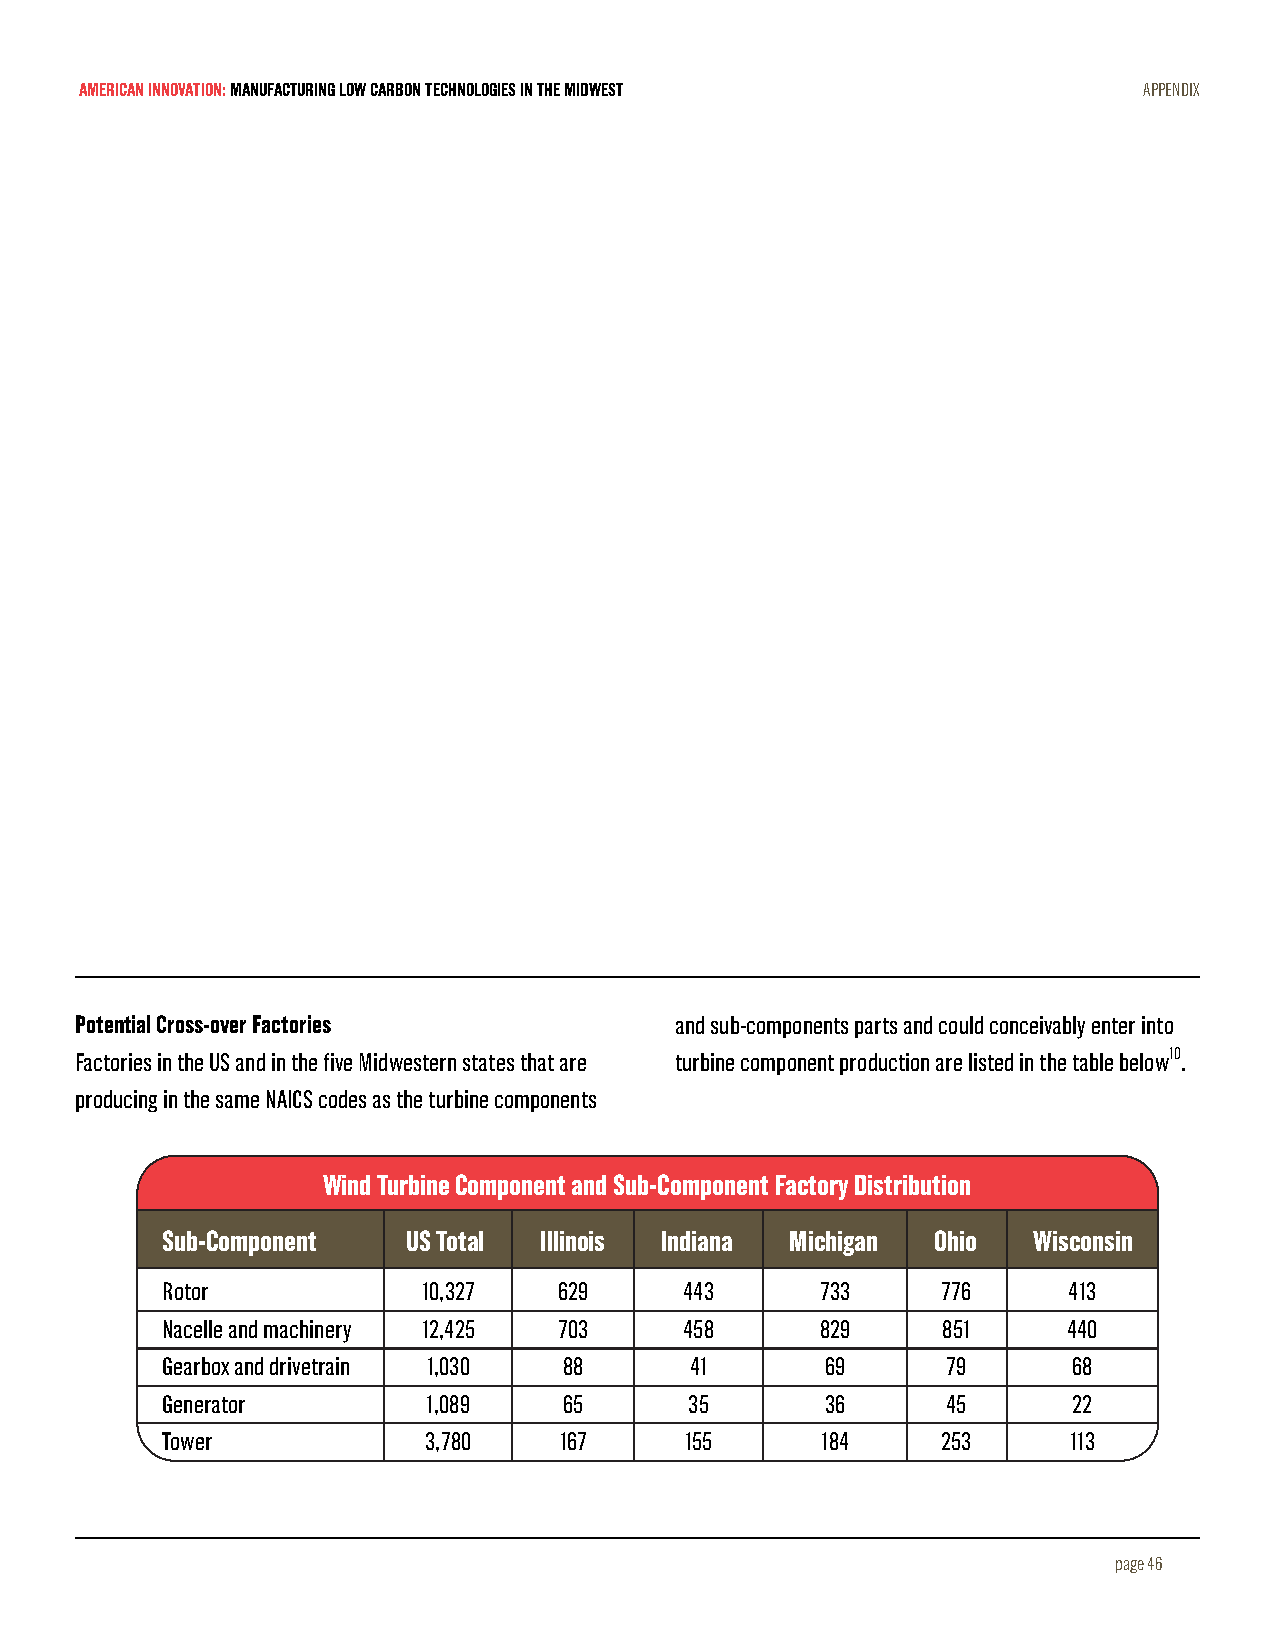
AMERICAN INNOVATION: MANUFACTURING LOW CARBON TECHNOLOGIES IN THE MIDWEST APPENDIX
 Potential Cross-over Factories          and sub-components parts and could conceivably enter into
 Factories in the US and in the five Midwestern states that are turbine component production are listed in the table below10.
 producing in the same NAICS codes as the turbine components
 Wind Turbine Component and Sub-Component Factory Distribution
 Sub-Component   US Total Illinois Indiana Michigan Ohio  Wisconsin
 Rotor            10,327   629     443      733     776      413
 Nacelle and machinery 12,425 703  458      829     851      440
 Gearbox and drivetrain 1,030 88    41       69      79      68
 Generator        1,089    65       35       36      45      22
 Tower            3,780    167     155      184     253      113
 page 46